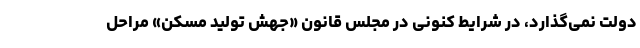
دولت نمی‌گذارد، در شرایط کنونی در مجلس قانون «جهش تولید مسکن» مراحل